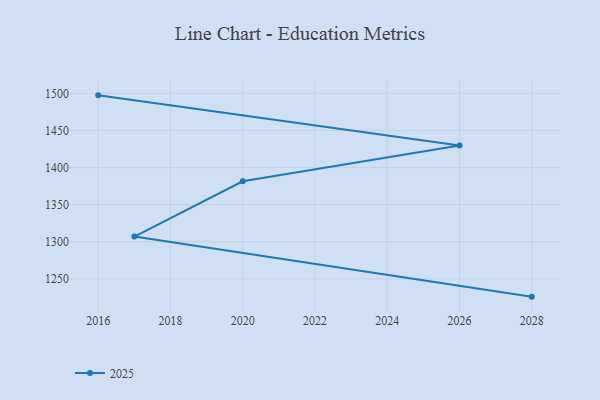
{"axis": {"x": "Year", "y": "Conversion Rate (%)"}, "legend": ["2025"], "data": [{"x": "2016", "y": 1497.3, "type": "2025"}, {"x": "2026", "y": 1429.6, "type": "2025"}, {"x": "2020", "y": 1381.5, "type": "2025"}, {"x": "2017", "y": 1307.0, "type": "2025"}, {"x": "2028", "y": 1226.0, "type": "2025"}]}